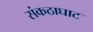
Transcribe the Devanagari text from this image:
संकठाघाट